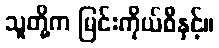
သူတို့က မြင်းကိုယ်စီနှင့်။